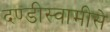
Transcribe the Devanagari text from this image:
दण्डीस्वामीसे